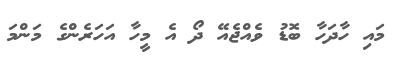
މައި ހާދަހާ ބޮޑު ވެއްޖެއޭ ދޯ އެ މީހާ އަހަރެންގެ މަންމަ